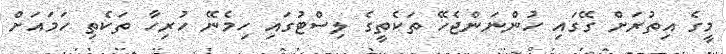
މީގެ އިތުރަށް ގޭގައި ހުންނަންޖެހޭ ތަކެތީގެ ލިސްޓުގައި ހިމެނޭ ހުރިހާ ތަކެތި ހަމައަށް